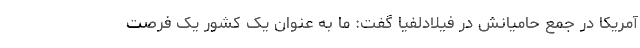
آمریکا در جمع حامیانش در فیلادلفیا گفت: ما به عنوان یک کشور یک فرصت